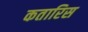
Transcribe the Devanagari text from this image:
कतारिस